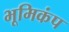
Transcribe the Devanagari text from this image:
भूमिकंप